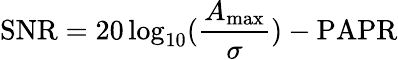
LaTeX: \mathrm{SNR}=20\log_{10}(\frac{A_{\operatorname*{max}}}{\sigma})-\mathrm{PAPR}